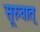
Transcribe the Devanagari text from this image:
सूरुवात्